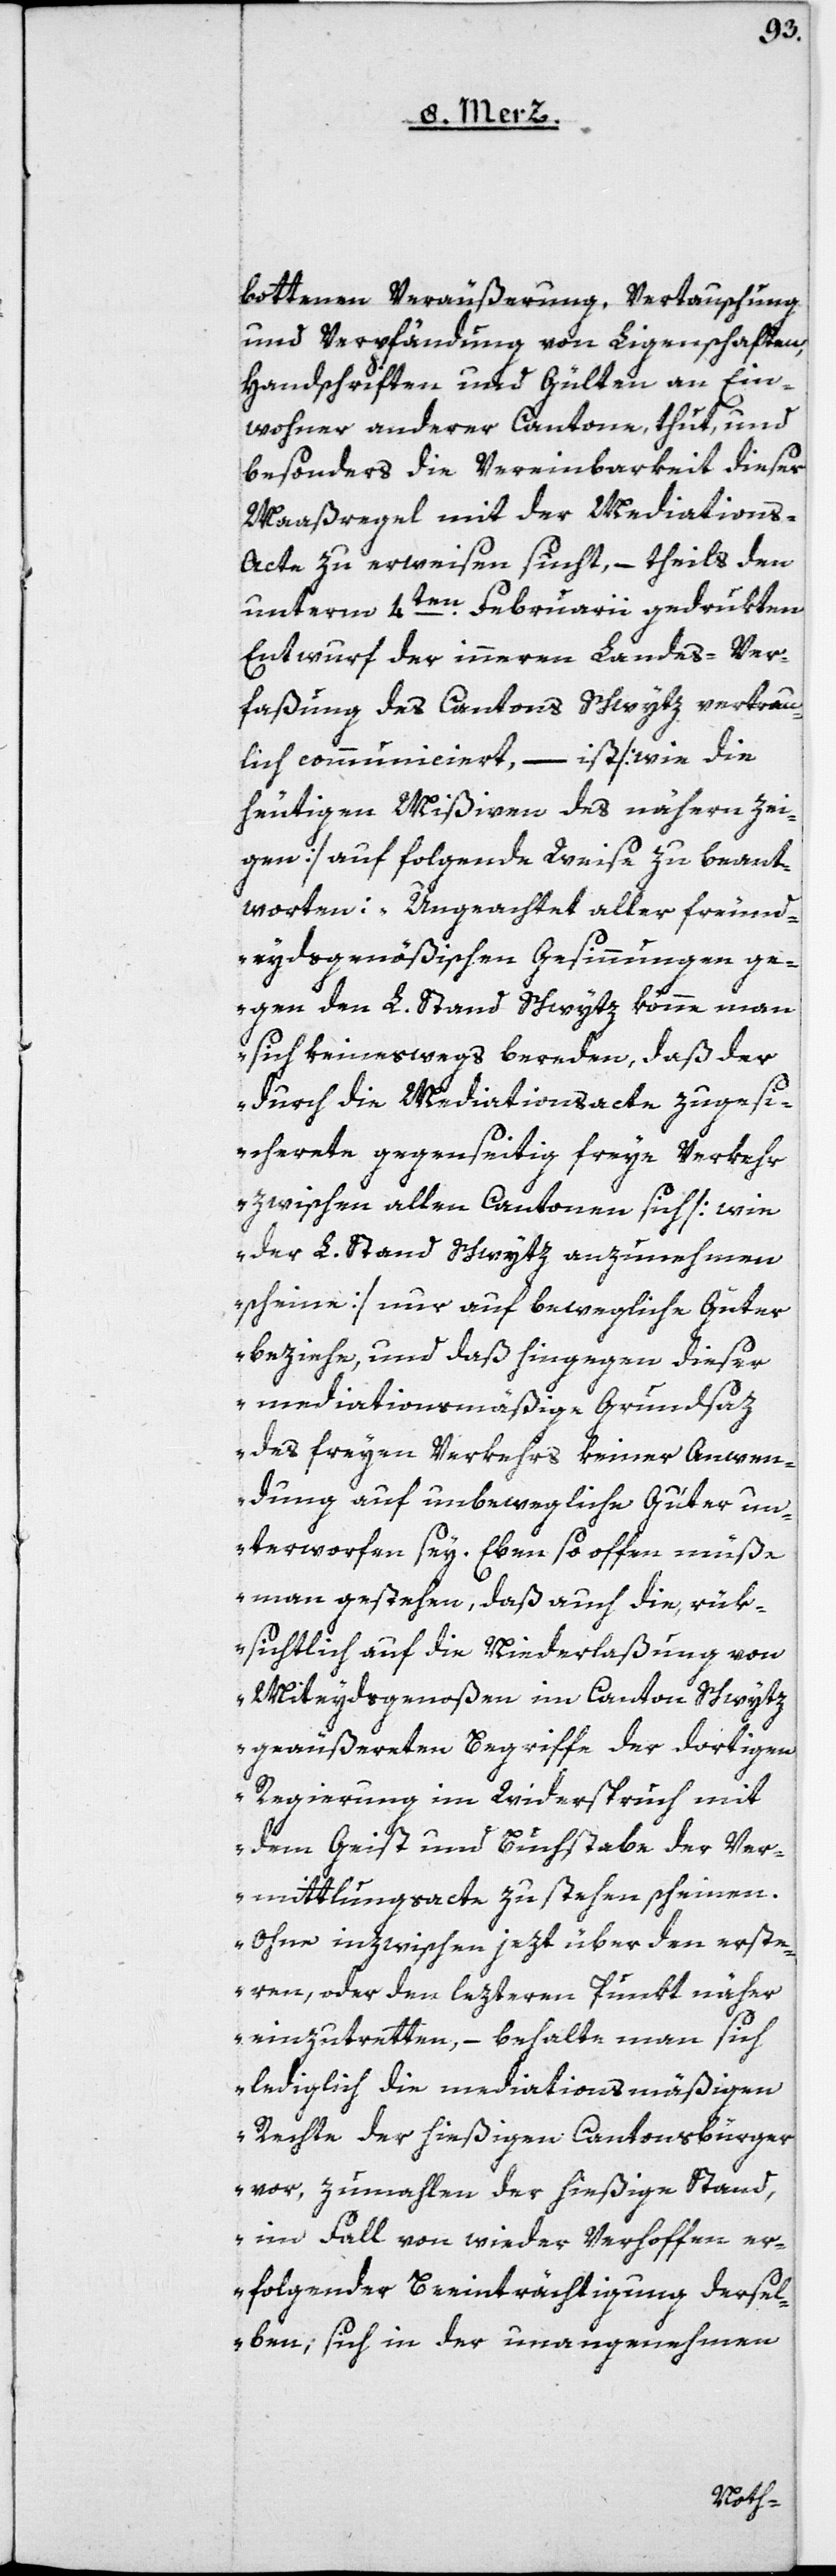
bottenen Veräußerung, Vertauschung
und Verpfändung von Ligenschaften,
Handschriften und Gülten an Ein¬
wohner anderer Cantone, thut, und
besonders die Vereinbarkeit dieser
Maaßregel mit der Mediations-A¬
cte zu erweisen sucht, – theils den
unterm 4ten Februarii gedrukten
Entwurf der inneren Landes-Ver¬
faßung des Cantons Schwytz vertrau¬
lich communiciert, – ist [wie die
heutigen Mißiven des nähern zei¬
gen] auf folgende Weise zu beant¬
worten: „Ungeachtet aller freund¬
eydsgenößischen Gesinnungen ge¬
gen den L. Stand Schwytz könne man
sich keineswegs bereden, daß der
durch die Mediationsacte zuges¬
icherte gegenseitig freye Verkehr
zwischen allen Cantonen sich [wie
der L. Stand Schwytz anzunehmen
scheine] nur auf bewegliche Güter
beziehe, und daß hingegen dieser
mediationsmäßige Grundsaz
des freyen Verkehrs keiner Anwen¬
dung auf unbewegliche Güter un¬
terworfen sey. Ebenso offen müße
man gestehen, daß auch die, rük¬
sichtlich auf die Niederlaßung von
Miteydsgenoßen im Canton Schwytz
geäußerten Begriffe der dortigen
Regierung im Widerspruch mit
dem Geist und Buchstabe der Ver¬
mittlungsacte zu stehen scheinen.
Ohne inzwischen jezt über den erste¬
ren, oder den lezteren Punkt näher
einzutretten, – behalte man sich
lediglich die mediationsmäßigen
Rechte der hießigen Cantonsbürger
vor, zumahlen der hießige Stand,
im Fall von wider Verhoffen er¬
folgender Beeinträchtigung dersel¬
ben, sich in der unangenehmen